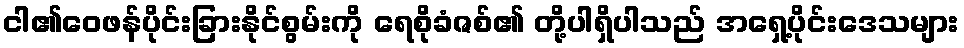
ငါ၏ဝေဖန်ပိုင်းခြားနိုင်စွမ်းကို ရေစိုခံဇစ်၏ တို့ပါရှိပါသည် အရှေ့ပိုင်းဒေသများ